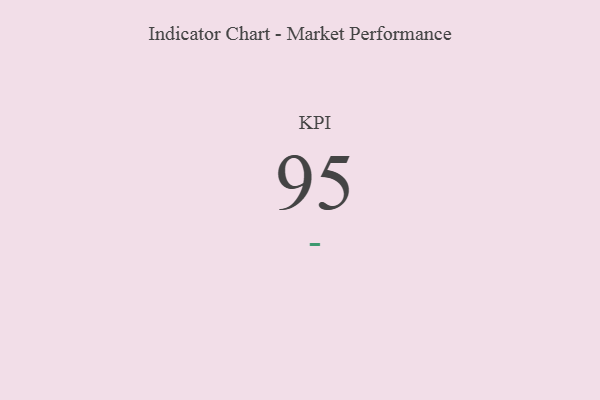
{"axis": {"x": "KPI", "y": "Value"}, "legend": [""], "data": [{"x": "KPI", "y": 95, "type": ""}]}